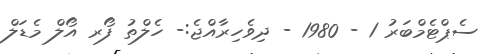
ސެޕްޓެމްބަރު 1 - 1980 - ދިވެހިރާއްޖެ:- ހެލްތު ފޯރ އޯލް މެޑަލް